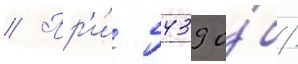
// Пр'и́ 5439 о́б/